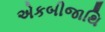
એકબીજાથિ